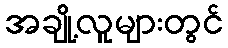
အချို့လူများတွင်